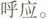
呼应。